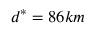
d ^ { * } = 8 6 k m